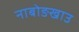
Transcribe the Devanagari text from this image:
नाबोङखाउ